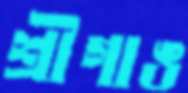
শ্রীগাঙ